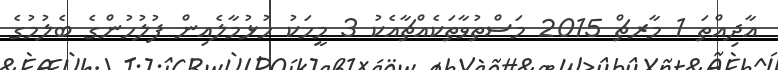
އާދިއްތަ 1 މާރޗް 2015 މަސްތުވާތަކެއްޗާއެކު 3 މީހަކު ހުޅުމާލެއިން ފުލުހުންގެ ބެލުމުގެ